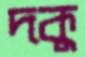
দকু